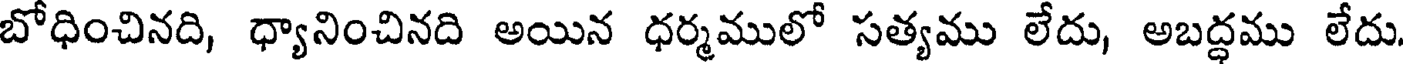
బోధించినది, ధ్యానించినది అయిన ధర్మములో సత్యము లేదు, అబద్ధము లేదు